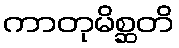
ကာတုမိစ္ဆတိ